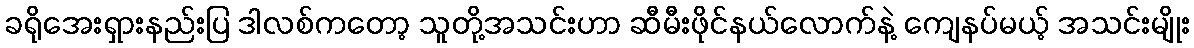
ခရိုအေးရှားနည်းပြ ဒါလစ်ကတော့ သူတို့အသင်းဟာ ဆီမီးဖိုင်နယ်လောက်နဲ့ ကျေနပ်မယ့် အသင်းမျိုး